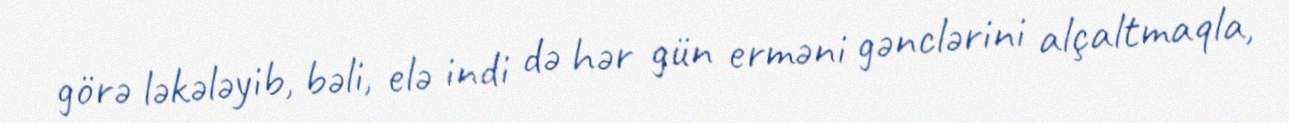
görə ləkələyib, bəli, elə indi də hər gün erməni gənclərini alçaltmaqla,